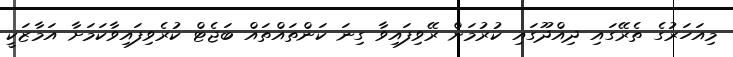
މިއަހަރުގެ ތެރޭގައި ދިއްދޫގައި ކުރުމަށް ރޭވިފައިވާ ގިނަ ކަންތައްތައް ބަޖެޓް ކުރެވިފައިވާކަމަށާ އަމާޒަކީ